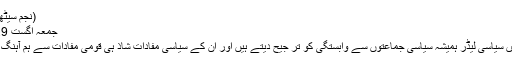
(نجم سیٹھی کاکالم )
جمعہ اگست 29, 2008
پاکستان میں سیاسی لیڈر ہمیشہ سیاسی جماعتوں سے وابستگی کو تر جیح دیتے ہیں اور ان کے سیاسی مفادات شاذ ہی قومی مفادات سے ہم آہنگ ہوتے ہیں۔